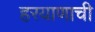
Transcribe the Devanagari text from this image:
हरयाणाची